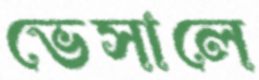
ভেসালে